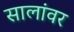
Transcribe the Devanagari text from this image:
सालांवर